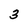
Character: 3